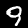
Digit: 9